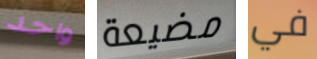
واحد مضيعة في